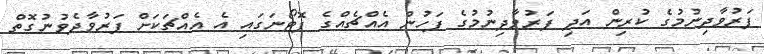
ފަރުވާދިނުމުގެ ކުރިން އަދި ފަރުވާދިނުމުގެ ފަހުން އެއްޗެއްގެ ފޮޓޯނަގައި އެ އެއްޗަކަށް ފަރުވާދެވުނުގޮތް